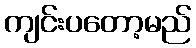
ကျင်းပတော့မည်